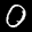
Label: 0